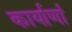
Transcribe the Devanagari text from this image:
कार्याणां